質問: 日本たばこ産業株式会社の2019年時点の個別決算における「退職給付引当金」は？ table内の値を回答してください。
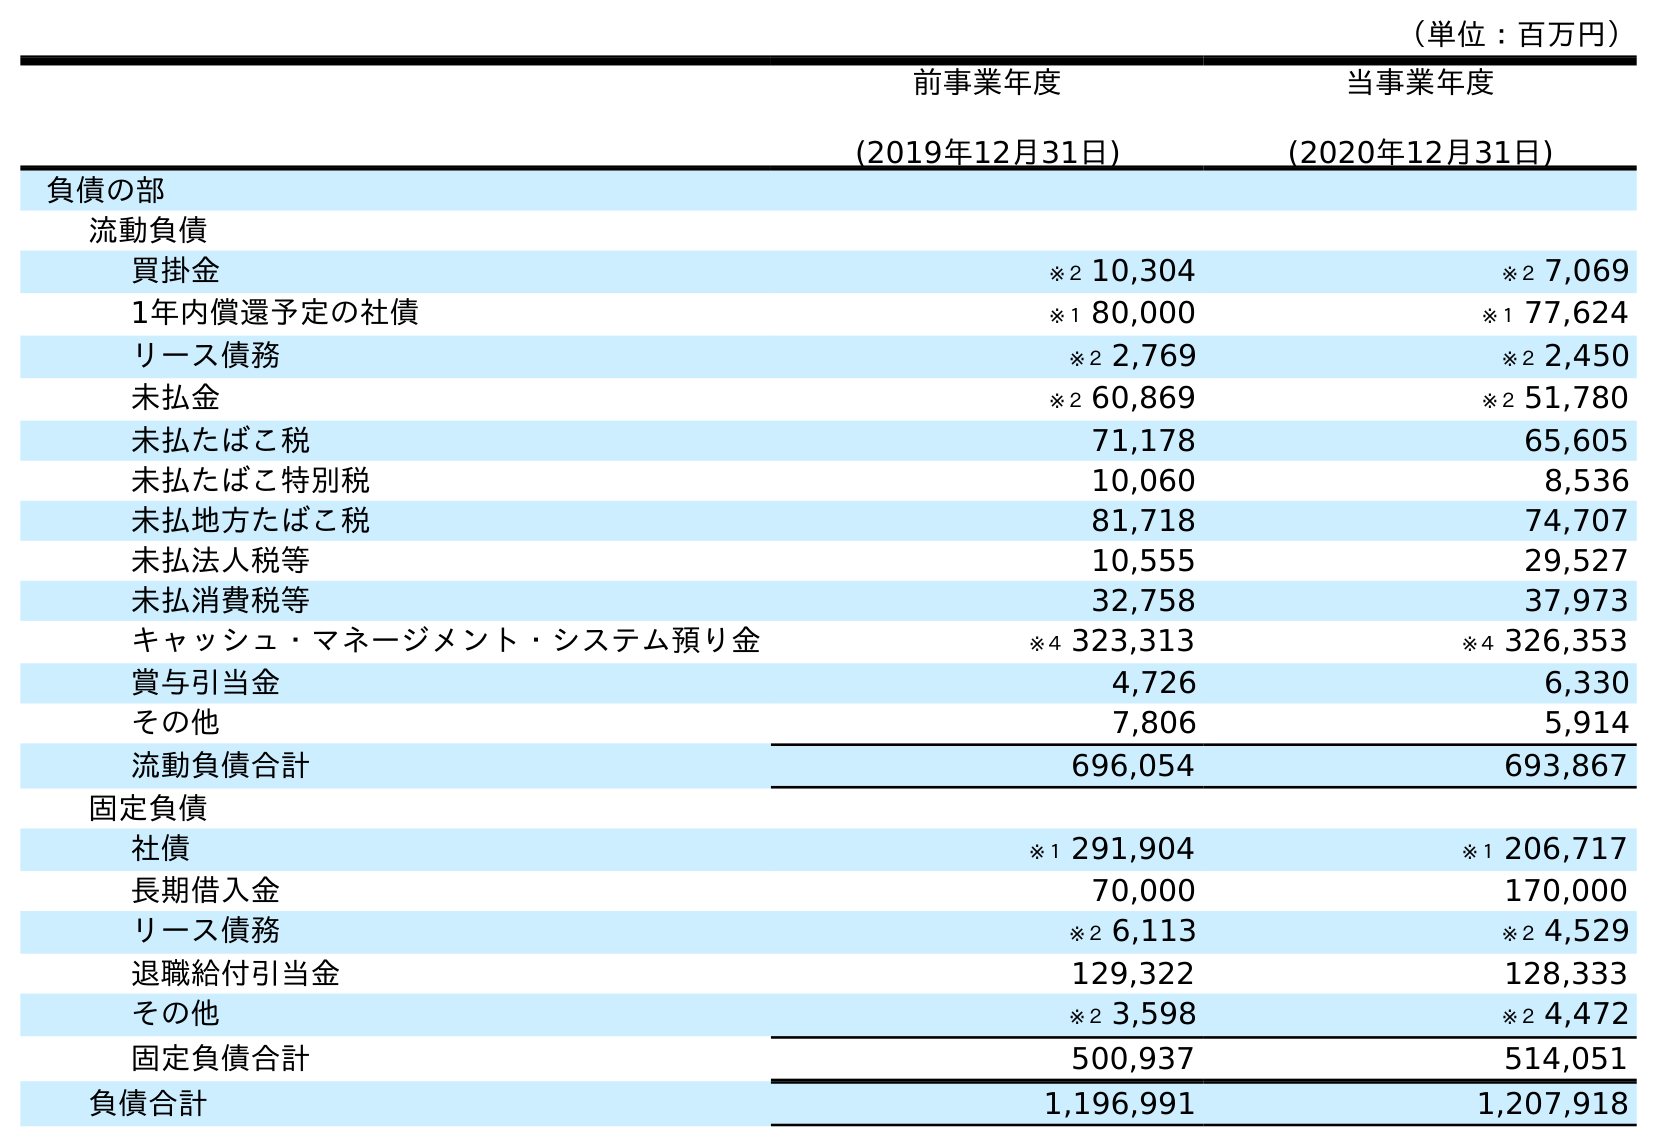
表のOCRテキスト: （単位：百万円） 前事業年度 (2019年12月31日) 当事業年度 (2020年12月31日) 負債の部 流動負債 買掛金 ※２ 10,304 ※２ 7,069 1年内償還予定の社債 ※１ 80,000 ※１ 77,624 リース債務 ※２ 2,769 ※２ 2,450 未払金 ※２ 60,869 ※２ 51,780 未払たばこ税 71,178 65,605 未払たばこ特別税 10,060 8,536 未払地方たばこ税 81,718 74,707 未払法人税等 10,555 29,527 未払消費税等 32,758 37,973 キャッシュ・マネージメント・システム預り金 ※４ 323,313 ※４ 326,353 賞与引当金 4,726 6,330 その他 7,806 5,914 流動負債合計 696,054 693,867 固定負債 社債 ※１ 291,904 ※１ 206,717 長期借入金 70,000 170,000 リース債務 ※２ 6,113 ※２ 4,529 退職給付引当金 129,322 128,333 その他 ※２ 3,598 ※２ 4,472 固定負債合計 500,937 514,051 負債合計 1,196,991 1,207,918
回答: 129,322